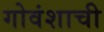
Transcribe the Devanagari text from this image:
गोवंशाची